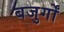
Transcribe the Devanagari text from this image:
बजुर्गों